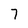
Character: 7